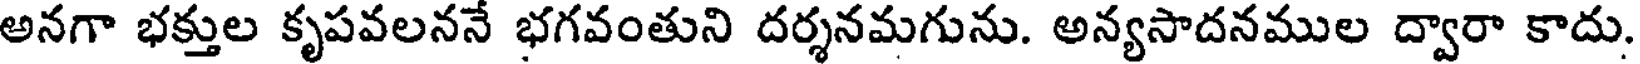
అనగా భక్తుల కృపవలననే భగవంతుని దర్శనమగును. అన్యసాదనముల ద్వారా కాదు.